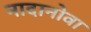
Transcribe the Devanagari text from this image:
नादानोवा